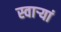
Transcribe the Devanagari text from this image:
स्वार्‍यां